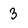
Character: 3